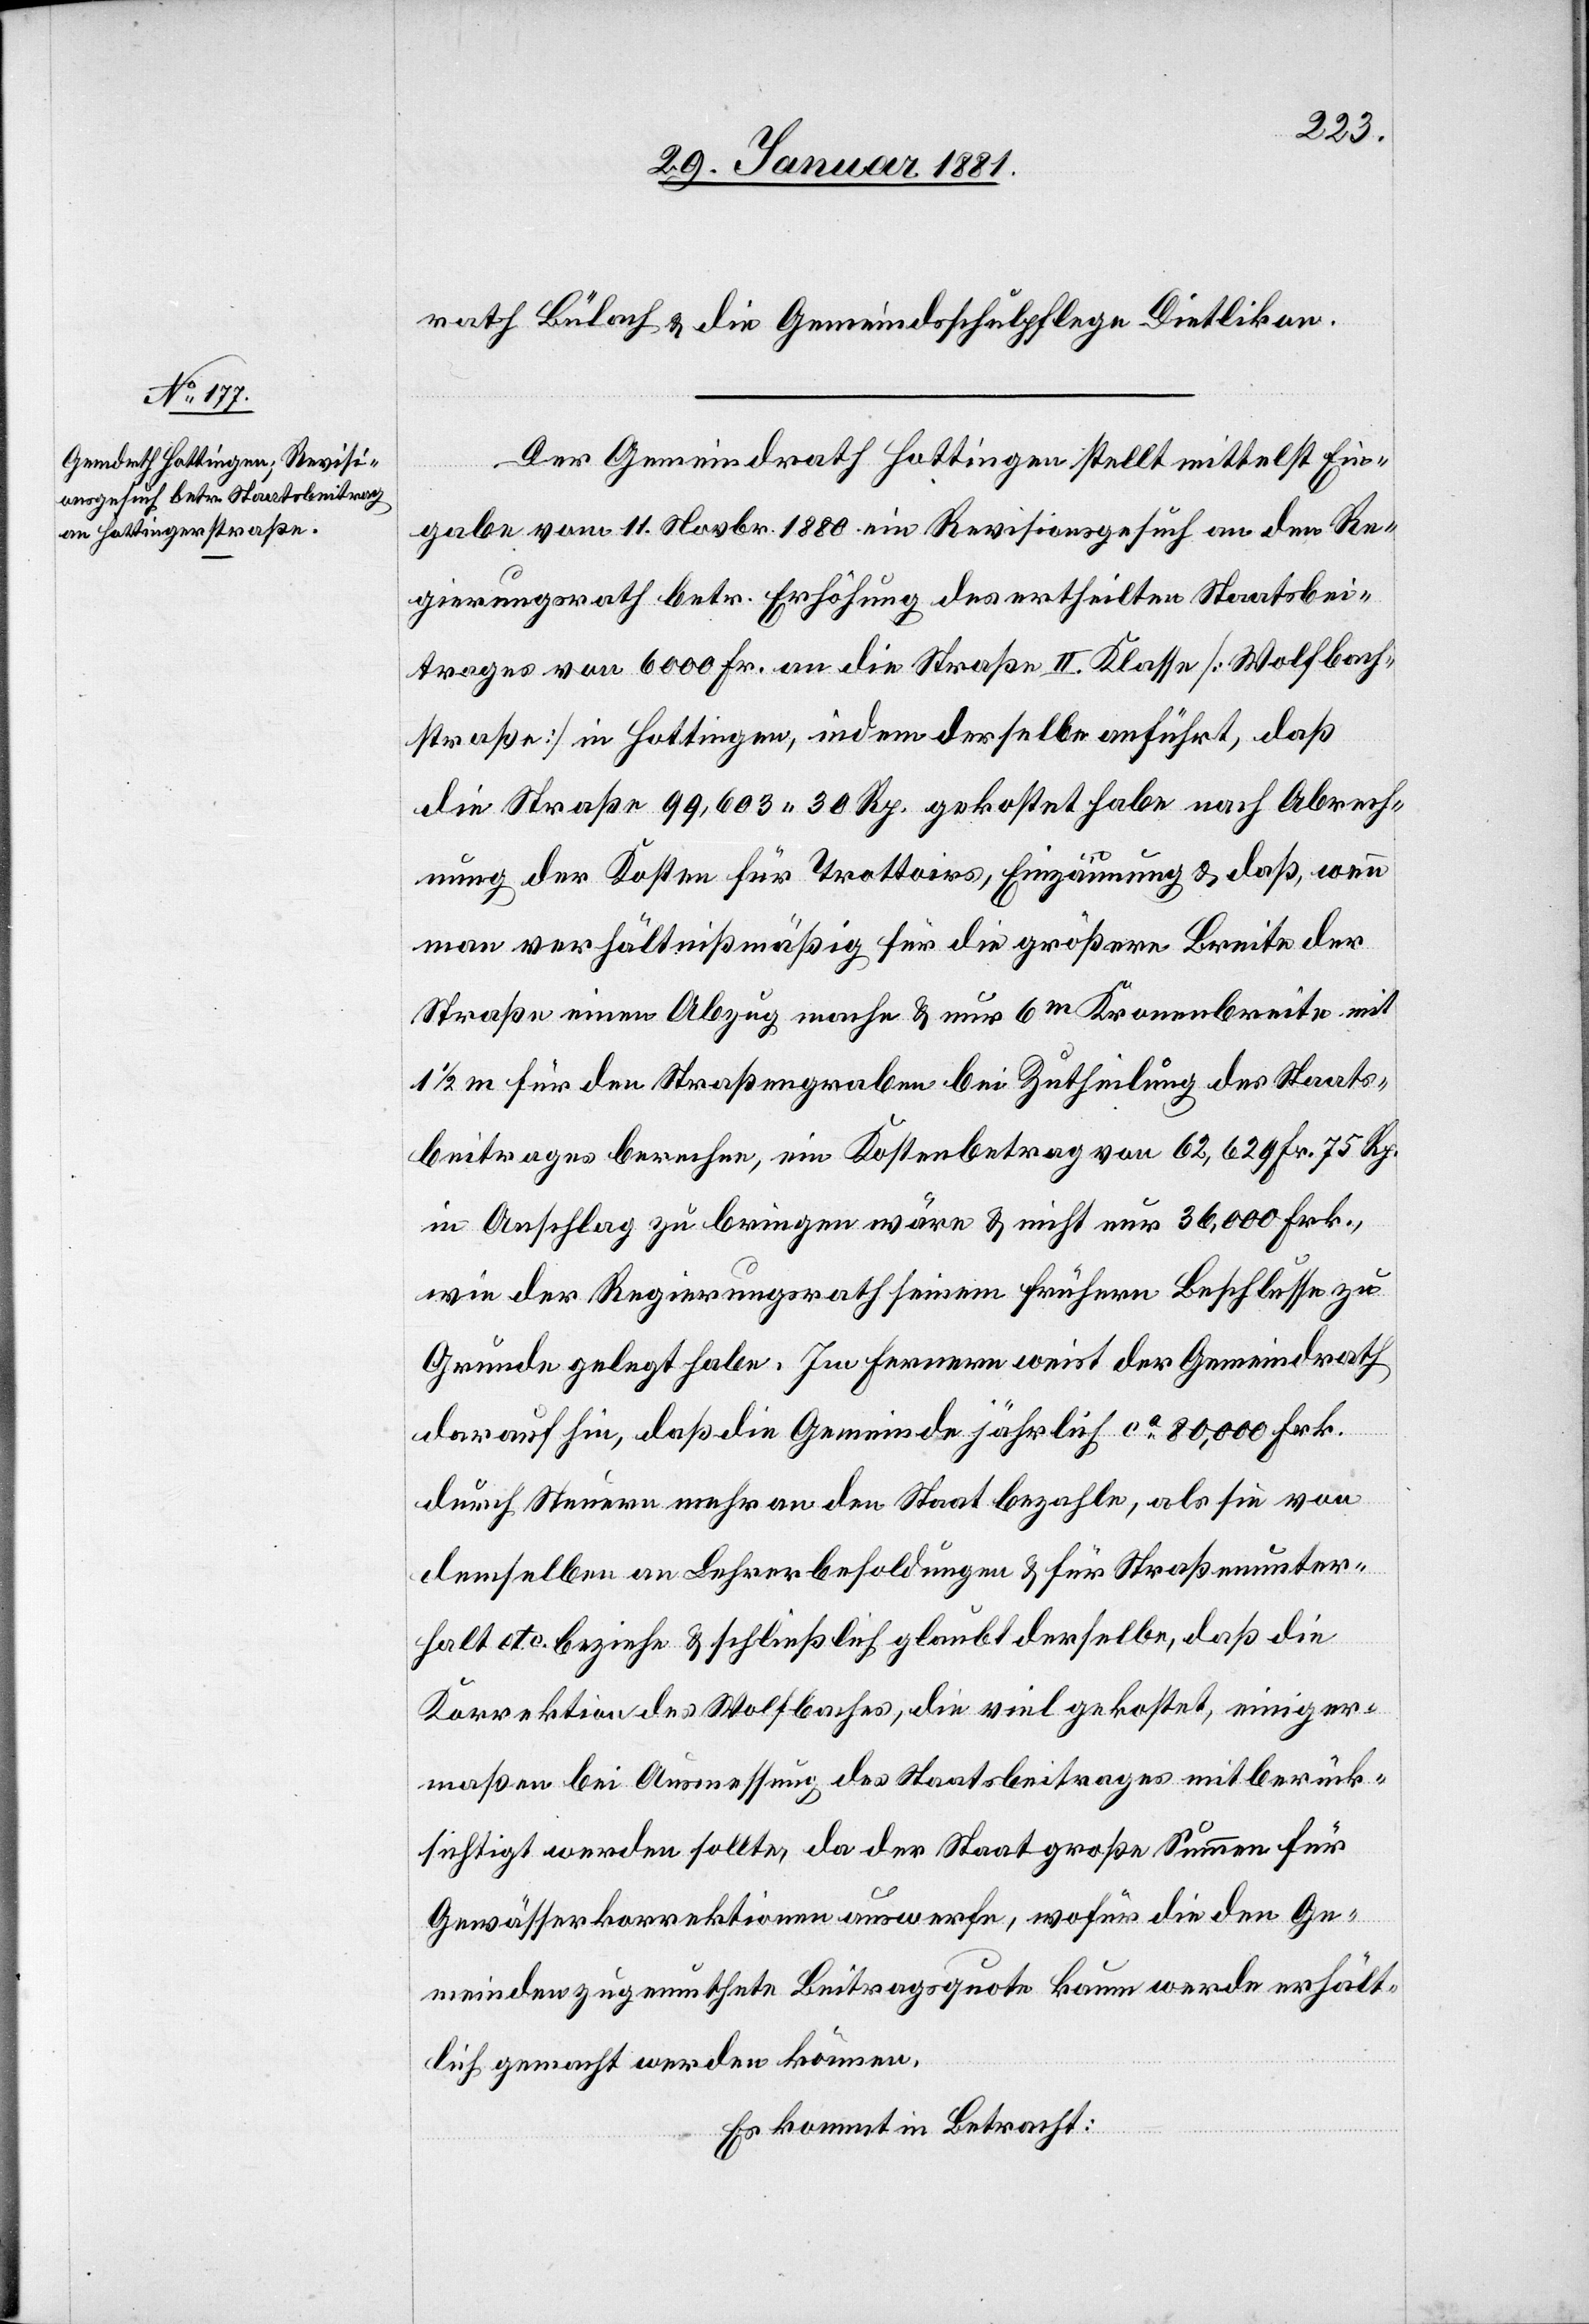
rath Bülach & die Gemeindsschulpflege Dietlikon.
Der Gemeindrath Hottingen stellt mittelst Ein¬
gabe vom 11. Novbr. 1880 ein Revisionsgesuch an den Re¬
gierungsrath betr. Erhöhung des ertheilten Staatsbei¬
trages von 6000 Fr. an die Straße II. Klasse [Wolfbach¬
straße] in Hottingen, indem derselbe anführt, daß
die Straße 99,603 30 Rp. gekostet habe nach Abrech¬
nung der Kosten für Trottoirs, Einzäunung & daß, wenn
man verhältnißmäßig für die größere Breite der
Straße einen Abzug mache & nur 6m Kronenbreite mit
1/2 m für den Straßengraben bei Zutheilung des Staats¬
beitrages berechne, ein Kostenbetrag von 62,629 Fr. 75 Rp.
in Anschlag zu bringen wäre & nicht nur 36,000 Frk.,
wie der Regierungsrath seinem frühern Beschlusse zu
Grunde gelegt habe. Im Fernern weist der Gemeindrath
darauf hin, daß die Gemeinde jährlich ca 80,000 Frk.
durch Steuern mehr an den Staat bezahle, als sie von
demselben an Lehrerbesoldungen & für Straßenunter¬
halt etc. beziehe & schließlich glaubt derselbe, daß die
Korrektion des Wolfbaches, die viel gekostet, einiger¬
maßen bei Ausmessung des Staatsbeitrages mitberück¬
sichtigt werden sollte, da der Staat große Summen für
Gewässerkorrektionen auswerfe, wofür die den Ge¬
meinden zugemuthete Beitragsquote kaum werde erhält¬
lich gemacht werden können.
Es kommt in Betracht: